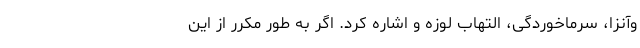
وآنزا، سرماخوردگی، التهاب لوزه و اشاره کرد. اگر به طور مکرر از این